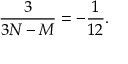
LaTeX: \frac { 3 } { 3 N - M } = - \frac { 1 } { 1 2 } .